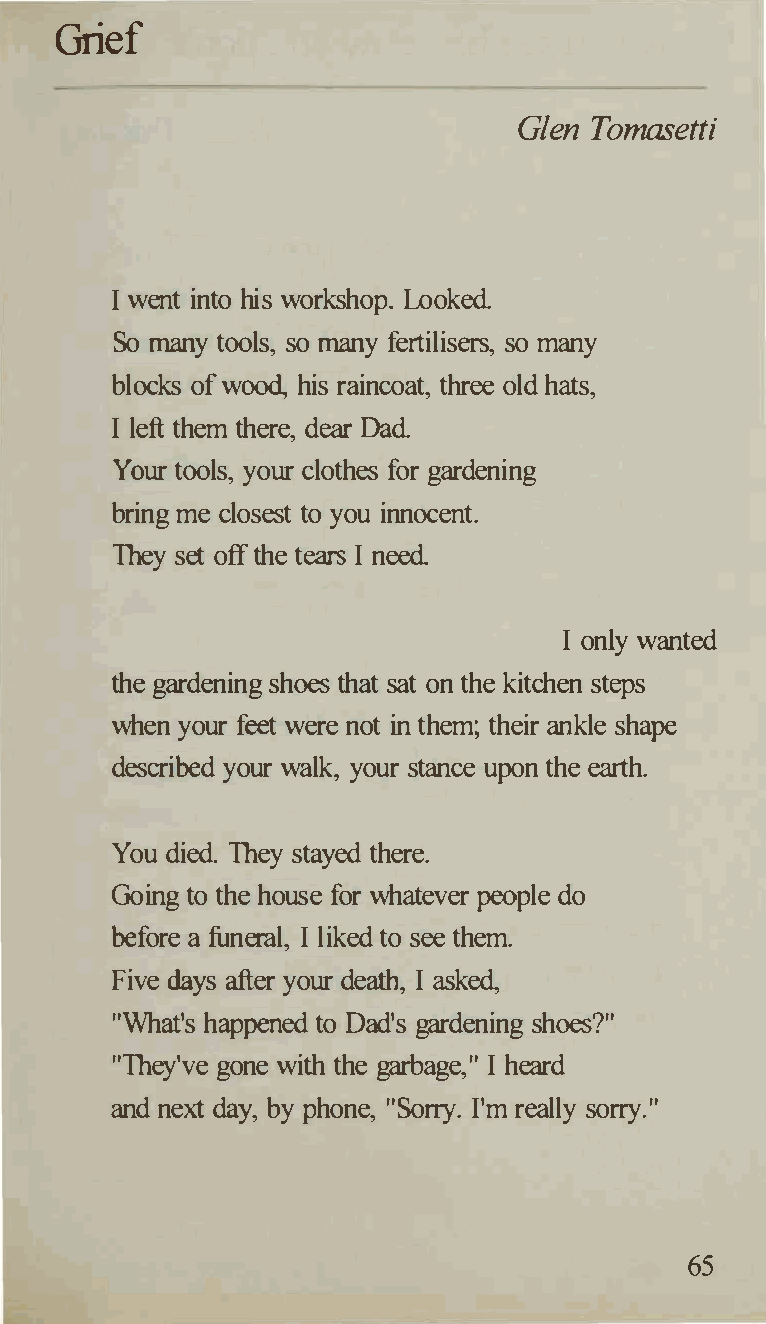
Grief
 Glen Tomasetti
 I went into his workshop. Looked.
 So many tools, so many fertilisers, so many
 blocks of wood, his raincoat, three old hats,
 I left them there, dear Dad.
 Your tools, your clothes for gardening
 bring me closest to you innocent.
 They set off the tears I need.
 I only wanted
 the gardening shoes that sat on the kitchen steps
 when your feet were not in them; their ankle shape
 described your walk, your stance upon the earth.
 You died. They stayed there.
 Going to the house for whatever people do
 before a funeral, I liked to see them.
 Five days after your death, I asked,
 "What's happened to Dad's gardening shoes?"
 "They've gone with the garbage," I heard
 and next day, by phone, "Sorry. I'm really sorry."
 65